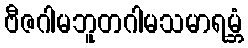
ဗီဇဂါမဘူတဂါမသမာရမ္ဘံ